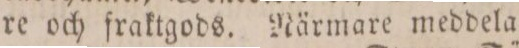
re och fraktgods. Närmare meddela